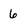
Character: 6